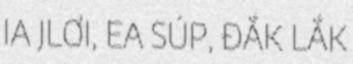
IA JLƠI, EA SÚP, ĐẮK LẮK